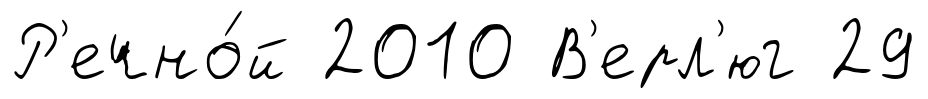
Р'ечно́й 2010 В'ерл'юг 29